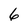
Character: 6